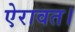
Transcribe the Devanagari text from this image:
ऐरावत।